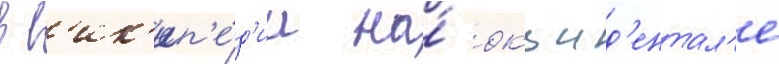
в в'ик'ип'е́д'ии на́ окцид'ентал'е